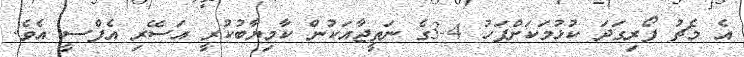
އެ މެޗު ފޯރިގަދަ ކުޅުމަަކަށްފަހު 4-3ގެ ނަތީޖާއަކުން ކާމިޔާބުކުރީ އަސޭރި އެފްސީ އެވެ.